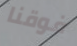
فوقنا